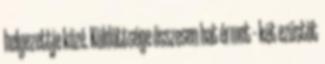
helyezettje közé. Küldöttsége összesen hat érmet – két ezüstöt